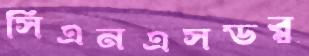
সিএনএসডব্লু